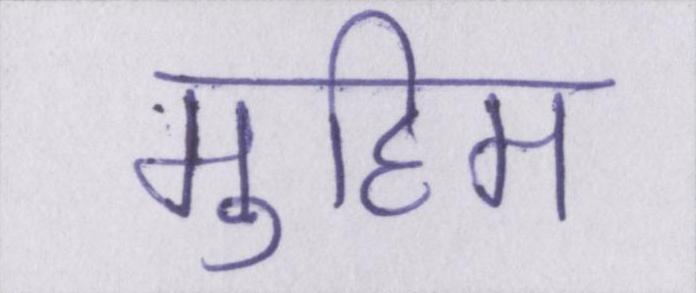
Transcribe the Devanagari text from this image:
मुहिम